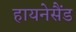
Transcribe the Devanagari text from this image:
हायनेसैंड